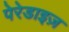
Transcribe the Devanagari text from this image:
पेरेडाइज़